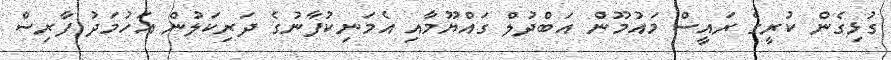
ގުޅިގެން ކުރީގެ ރައީސް މައުމޫން އަބްދުލް ގައްޔޫމާއި އެމަނިކުފާނުގެ ދަރިކަލުން އަހުމަދު ފާރިސް